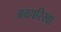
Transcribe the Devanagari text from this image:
अग्रपरिखा